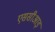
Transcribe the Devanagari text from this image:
एससीआइ